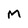
Character: M